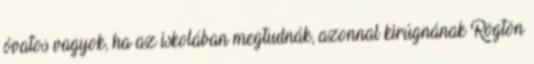
óvatos vagyok, ha az iskolában megtudnák, azonnal kirúgnának Rögtön